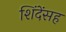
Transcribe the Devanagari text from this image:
शिंदेंसह